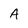
Character: A